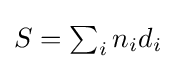
{\textstyle S=\sum _{i}n_{i}d_{i}}